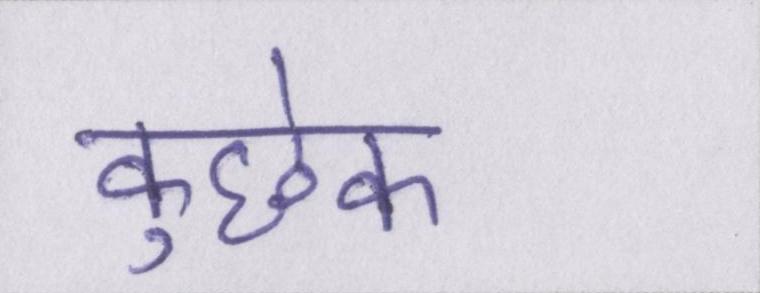
कुछेक